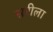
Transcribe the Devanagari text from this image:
सरीला